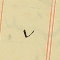
٧